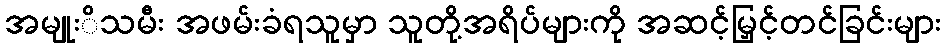
အမျုးိသမီး အဖမ်းခံရသူမှာ သူတို့အရိပ်များကို အဆင့်မြှင့်တင်ခြင်းများ